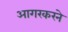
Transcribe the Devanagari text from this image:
आगरकरने